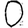
Digit: 0